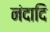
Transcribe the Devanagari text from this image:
नंदादि